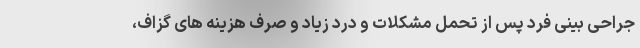
جراحی بینی فرد پس از تحمل مشکلات و درد زیاد و صرف هزینه های گزاف،